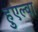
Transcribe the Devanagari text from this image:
हुएल्वा